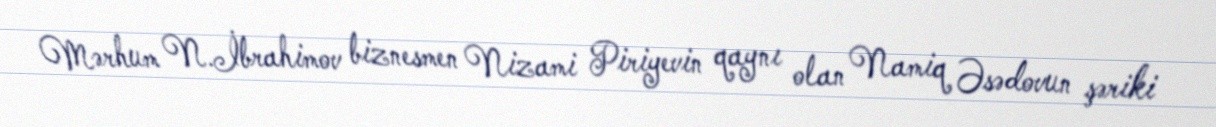
Mərhum N.İbrahimov biznesmen Nizami Piriyevin qaynı olan Namiq Əsədovun şəriki